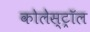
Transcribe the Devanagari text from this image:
कोलेस्‍ट्रॉल